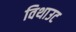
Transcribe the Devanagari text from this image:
विथाउट